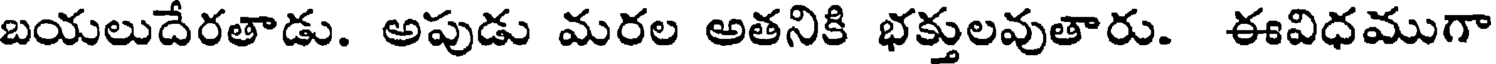
బయలుదేరతాడు. అపుడు మరల అతనికి భక్తులవుతారు. ఈవిధముగా